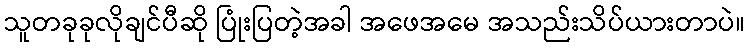
သူတခုခုလိုချင်ပီဆို ပြုံးပြတဲ့အခါ အဖေအမေ အသည်းသိပ်ယားတာပဲ။